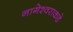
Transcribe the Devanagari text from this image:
नागेश्वराकडे